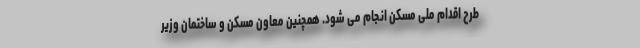
طرح اقدام ملی مسکن انجام می شود. همچنین معاون مسکن و ساختمان وزیر